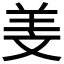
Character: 𦍡